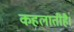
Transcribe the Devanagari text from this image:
कहलातीहै।